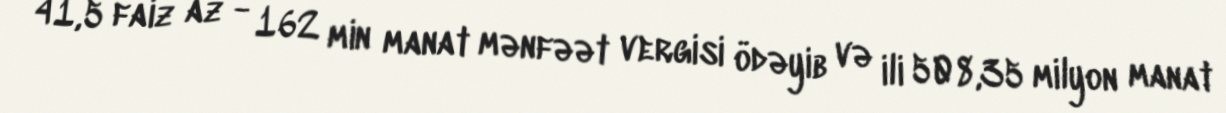
41,5 faiz az - 162 min manat mənfəət vergisi ödəyib və ili 508,35 milyon manat